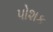
પોશક